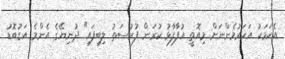
އެކަމަކު އަހަރުމެންނަށް މިއޮތީ އުފާފާޅު ކުރަން ފުރުސަތު ލިބިފައި" ދުނިޔޭގެ އެންމެ އަގުބޮޑު